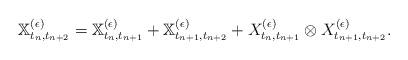
LaTeX: \begin{align*}\mathbb{X}^{(\epsilon)}_{t_n,t_{n+2}} = \mathbb{X}^{(\epsilon)}_{t_n,t_{n+1}} + \mathbb{X}^{(\epsilon)}_{t_{n+1},t_{n+2}}+ X^{(\epsilon)}_{t_n,t_{n+1}} \otimes X^{(\epsilon)}_{t_{n+1},t_{n+2}} .\end{align*}